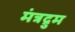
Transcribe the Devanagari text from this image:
मंत्रद्रुम